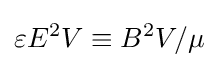
\varepsilon E^{2}V\equiv B^{2}V/\mu